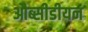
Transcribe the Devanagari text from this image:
औब्सीडीयन